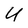
Character: U